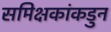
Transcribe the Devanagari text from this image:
समिक्षकांकडुन